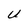
Character: U